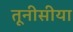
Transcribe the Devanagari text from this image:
तूनीसीया